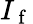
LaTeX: I_{\mathrm{~f~}}